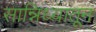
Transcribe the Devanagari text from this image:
सान्निध्यातून